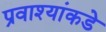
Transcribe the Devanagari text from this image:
प्रवाश्यांकडे